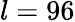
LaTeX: l=96